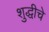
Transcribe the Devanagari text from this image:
शुद्धीचे